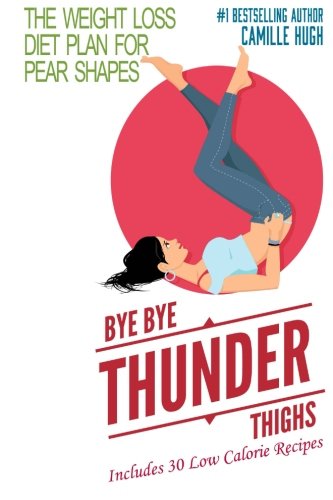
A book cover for Bye Bye Thunder Thighs: The Weight Loss Diet Plan for Pear Shapes; Camille Hugh; Health, Fitness & Dieting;